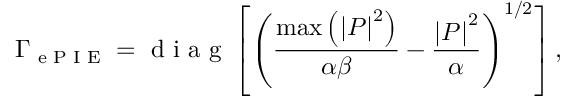
\Gamma _ { \textrm { e P I E } } = \textrm { d i a g } \left[ \left( \frac { \operatorname* { m a x } \left( \left| P \right| ^ { 2 } \right) } { \alpha \beta } - \frac { \left| P \right| ^ { 2 } } { \alpha } \right) ^ { 1 / 2 } \right] ,